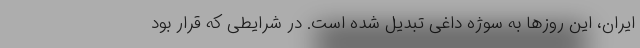
ایران، این روزها به سوژه داغی تبدیل شده است. در شرایطی که قرار بود